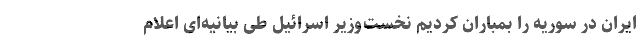
ایران در سوریه را بمباران کردیم نخست‌وزیر اسرائیل طی بیانیه‌ای اعلام